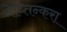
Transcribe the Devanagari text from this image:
नेय्तिन्करा